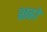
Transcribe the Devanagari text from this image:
शह्रो